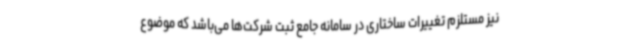
نیز مستلزم تغییرات ساختاری در سامانه جامع ثبت شرکت‌ها می‌باشد که موضوع